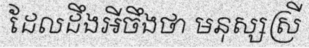
ដែលដឹងអីចឹងថា មនុស្សស្រី